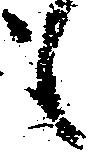
も